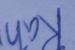
Signature authenticity: genuine